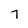
Character: 7